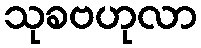
သုခဗဟုလာ